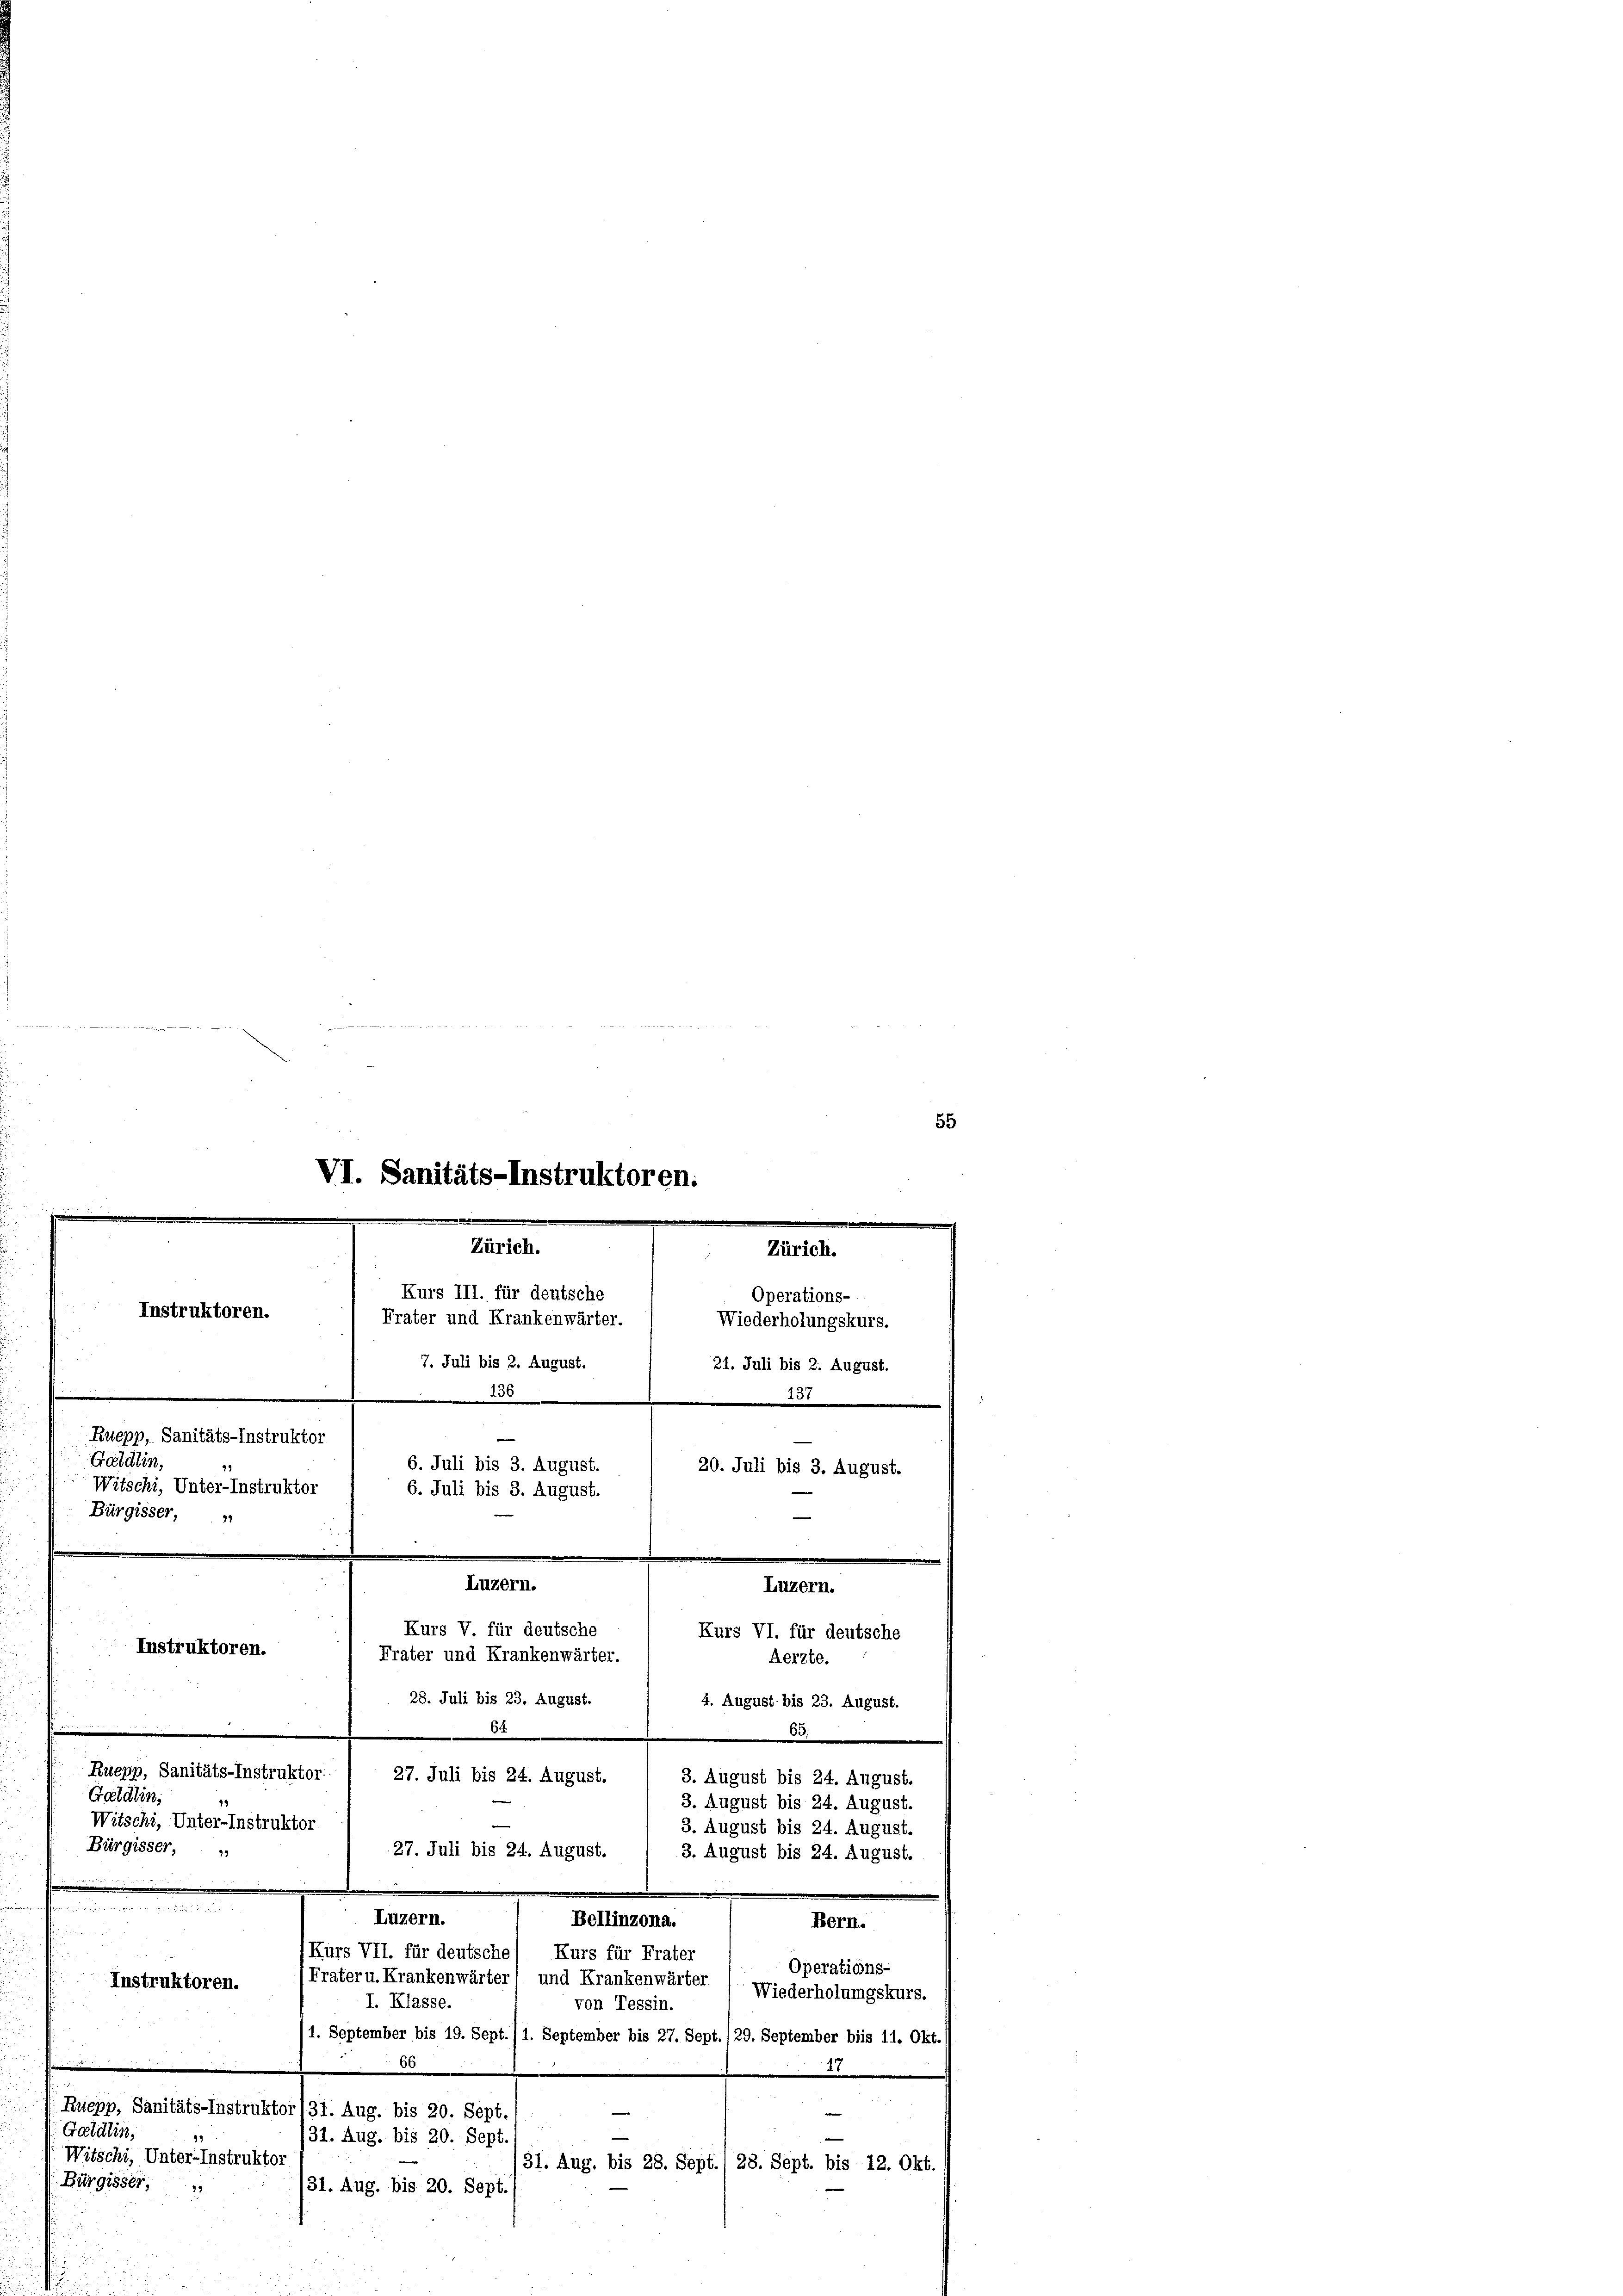
Ruepp, Sanitäts-Instruktor
Gratulin,
Witschi, Unter-Instruktor
Bürgisser,

2 hat der den gerade uns und des

VI. Sanitäts-Instruktoren.
Zürich.
Kurs III. für deutsche
Instruktoren.
Frater und Krankenwärter.
.

32 183

m

Luzern.
Kurs VII. für deutsche
Frater u. Krankenwärter

7. Juli bis 2. August.

¬
6. Juli bis 3. August.
6. Juli bis 3. August.

Luzern.
Kurs V. für deutsche

Operations-
Wiederholungskurs.
21. Juli bis 2. August.
151
20. Juli bis 3. August.

Instruktoren.
Frater und Krankenwärter.
28. Juli bis 23. August.
64
Ruepp, Sanitäts-Instruktor
27. Juli bis 24. August.
Gatalin,
Witschi, Unter-Instruktor
Bürgisser,
27. Juli bis 24. August.
o
Bellinzona.
Bern.
 2
Kurs für Frater
Operations-
und Krankenwärter
Instruktoren.
Wiederholungskurs.
I. Klasse.
von Tessin.
1. September bis 19. Sept./1. September bis 27. Sept./29. September bis 11. Okt.
66
3
Ruepp, Sanitäts-Instruktor 131. Aug. bis 20. Sept./
—
Gatälin,

.
31. Aug. bis 20. Sept.
Witschi, Unter-Instruktor
31. Aug. bis 28. Sept./ 28. Sept. bis 12. Okt.
Bürgisser,
31. Aug. bis 20. Sept.

Luzern.
Kurs VI. für deutsche
Aerzte.

4. August bis 23. August.

3. August bis 24. August.
3. August bis 24. August.

60.

3. August bis 24. August.
3. August bis 24. August.

55